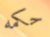
حكمه